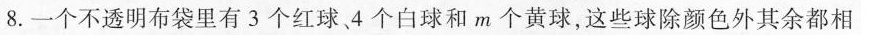
8. 一个不透明布袋里有 3 个红球 、4 个白球和 m 个黄球，这些球除颜色外其余都相